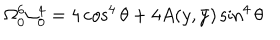
LaTeX: \Omega _ { 0 } ^ { 6 } \alpha _ { 0 } ^ { 4 } = 4 \cos ^ { 4 } \theta + 4 A ( y , \bar { y } ) \sin ^ { 4 } \theta